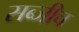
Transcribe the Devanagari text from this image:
सब्जीच